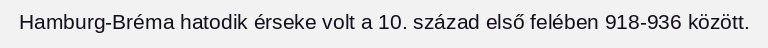
Hamburg-Bréma hatodik érseke volt a 10. század első felében 918-936 között.